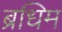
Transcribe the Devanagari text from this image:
ब्रधिम